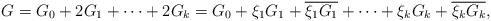
LaTeX: \begin{align*}G=G_{0}+2G_{1}+\cdots+2G_{k}=G_{0}+\xi_{1}G_{1}+\overline{\xi_{1}G_{1}}+\cdots+\xi_{k}G_{k}+\overline{\xi_{k}G_{k}},\end{align*}